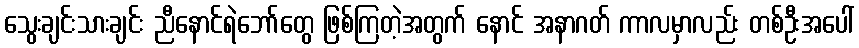
သွေးချင်းသားချင်း ညီနောင်ရဲဘော်တွေ ဖြစ်ကြတဲ့အတွက် နောင် အနာဂတ် ကာလမှာလည်း တစ်ဦးအပေါ်